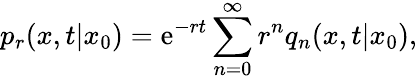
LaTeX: p_{r}(x,t|x_{0})=\mathrm{e}^{-rt}\sum_{n=0}^{\infty}r^{n}q_{n}(x,t|x_{0}),